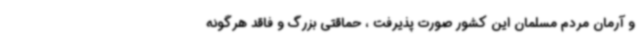
و آرمان مردم مسلمان این کشور صورت پذیرفت ، حماقتی بزرگ و فاقد هرگونه